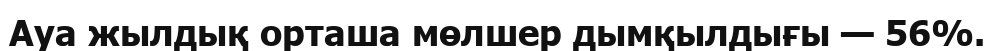
Ауа жылдық орташа мөлшер дымқылдығы — 56%.